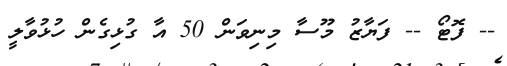
-- ފޮޓޯ -- ފަޔާޒު މޫސާ މިނިވަން 50 އާ ގުޅިގެން ހުޅުވާލީ